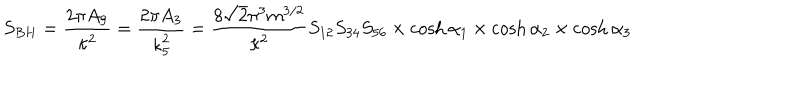
LaTeX: S _ { B H } = \frac { 2 \pi A _ { 9 } } { \kappa ^ { 2 } } = \frac { 2 \pi A _ { 3 } } { \kappa _ { 5 } ^ { 2 } } = \frac { 8 \sqrt { 2 } \pi ^ { 3 } m ^ { 3 / 2 } } { \kappa ^ { 2 } } S _ { 1 2 } S _ { 3 4 } S _ { 5 6 } \times \cosh \alpha _ { 1 } \times \cosh \alpha _ { 2 } \times \cosh \alpha _ { 3 }